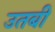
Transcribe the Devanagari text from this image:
उतबी